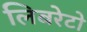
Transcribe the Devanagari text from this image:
लिबरेटो